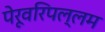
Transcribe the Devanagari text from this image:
पेरूवरिपल्लम